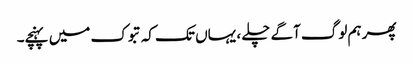
پھر ہم لوگ آگے چلے ، یہاں تک کہ تبوک میں پہنچے۔